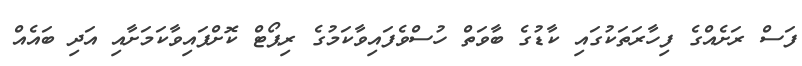
ފަސް ރަށެއްގެ ފިހާރަތަކުގައި ކާޑުގެ ބާވަތް ހުސްވެފައިވާކަމުގެ ރިޕޯޓް ކޮށްފައިވާކަމަށާއި އަދި ބައެއް